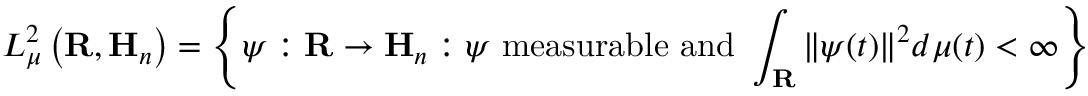
L _ { \mu } ^ { 2 } \left( \mathbf { R } , \mathbf { H } _ { n } \right) = \left\{ \psi : \mathbf { R } \to \mathbf { H } _ { n } : \psi { \mathrm { ~ m e a s u r a b l e ~ a n d ~ } } \int _ { \mathbf { R } } \| \psi ( t ) \| ^ { 2 } d \mu ( t ) < \infty \right\}